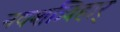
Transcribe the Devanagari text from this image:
नक्शत्र्विहार्